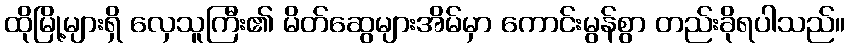
ထိုမြို့များရှိ လှေသူကြီး၏ မိတ်ဆွေများအိမ်မှာ ကောင်းမွန်စွာ တည်းခိုရပါသည်။